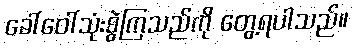
ခေါ်ဝေါ်သုံးစွဲကြသည်ကို တွေ့ရပါသည်။